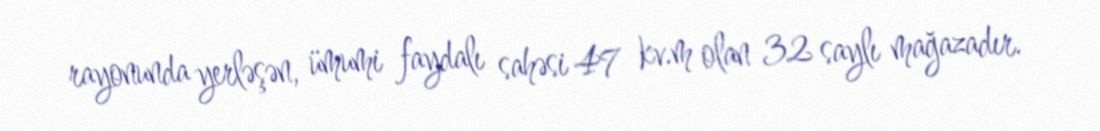
rayonunda yerləşən, ümumi faydalı sahəsi 47 kv.m olan 32 saylı mağazadır.